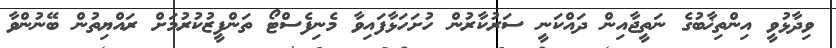
ވިދާޅުވީ އިންތިޚާބުގެ ނަތީޖާއިން ދައްކަނީ ސަރުކާރުން ހުށަހަޅާފައިވާ މެނިފެސްޓޯ ތަންފީޒުކުރުމަށް ރައްޔިތުން ބޭނުންވާ